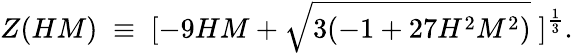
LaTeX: Z(HM)\; \equiv\; [-9HM+\sqrt{3(-1+27H^{2}M^{2})}\; ]^{\frac{1}{3}}.